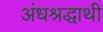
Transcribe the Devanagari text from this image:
अंधश्रद्धाथी